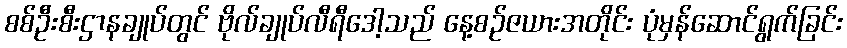
စစ်ဦးစီးဌာနချုပ်တွင် ဗိုလ်ချုပ်လီရီဒေါ့သည် နေ့စဉ်ဇယားအတိုင်း ပုံမှန်ဆောင်ရွက်ခြင်း